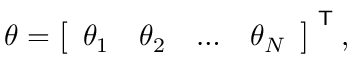
\theta = { \left[ \begin{array} { l l l l } { \theta _ { 1 } } & { \theta _ { 2 } } & { \dots } & { \theta _ { N } } \end{array} \right] } ^ { \textsf { T } } ,